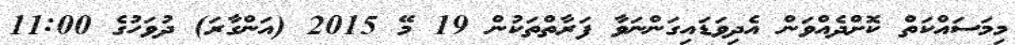
މިމަސައްކަތް ކޮށްދެއްވަން އެދިވަޑައިގަންނަވާ ފަރާތްތަކުން 19 މޭ 2015 (އަންގާރަ) ދުވަހުގެ 11:00